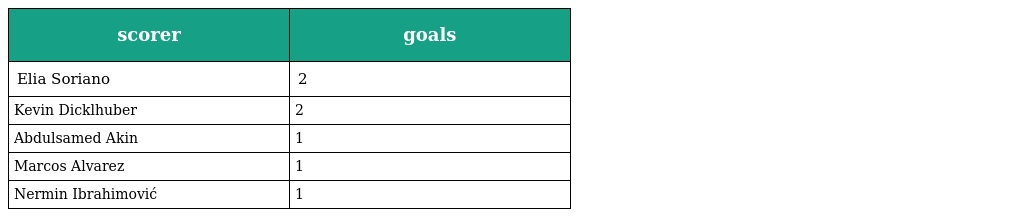
| scorer | goals |
 | --- | --- |
 | Elia Soriano | 2 |
 | Kevin Dicklhuber | 2 |
 | Abdulsamed Akin | 1 |
 | Marcos Alvarez | 1 |
 | Nermin Ibrahimović | 1 |